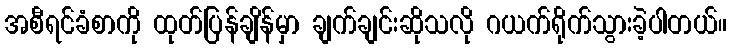
အစီရင်ခံစာကို ထုတ်ပြန်ချိန်မှာ ချက်ချင်းဆိုသလို ဂယက်ရိုက်သွားခဲ့ပါတယ်။